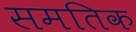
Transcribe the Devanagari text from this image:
समतिक